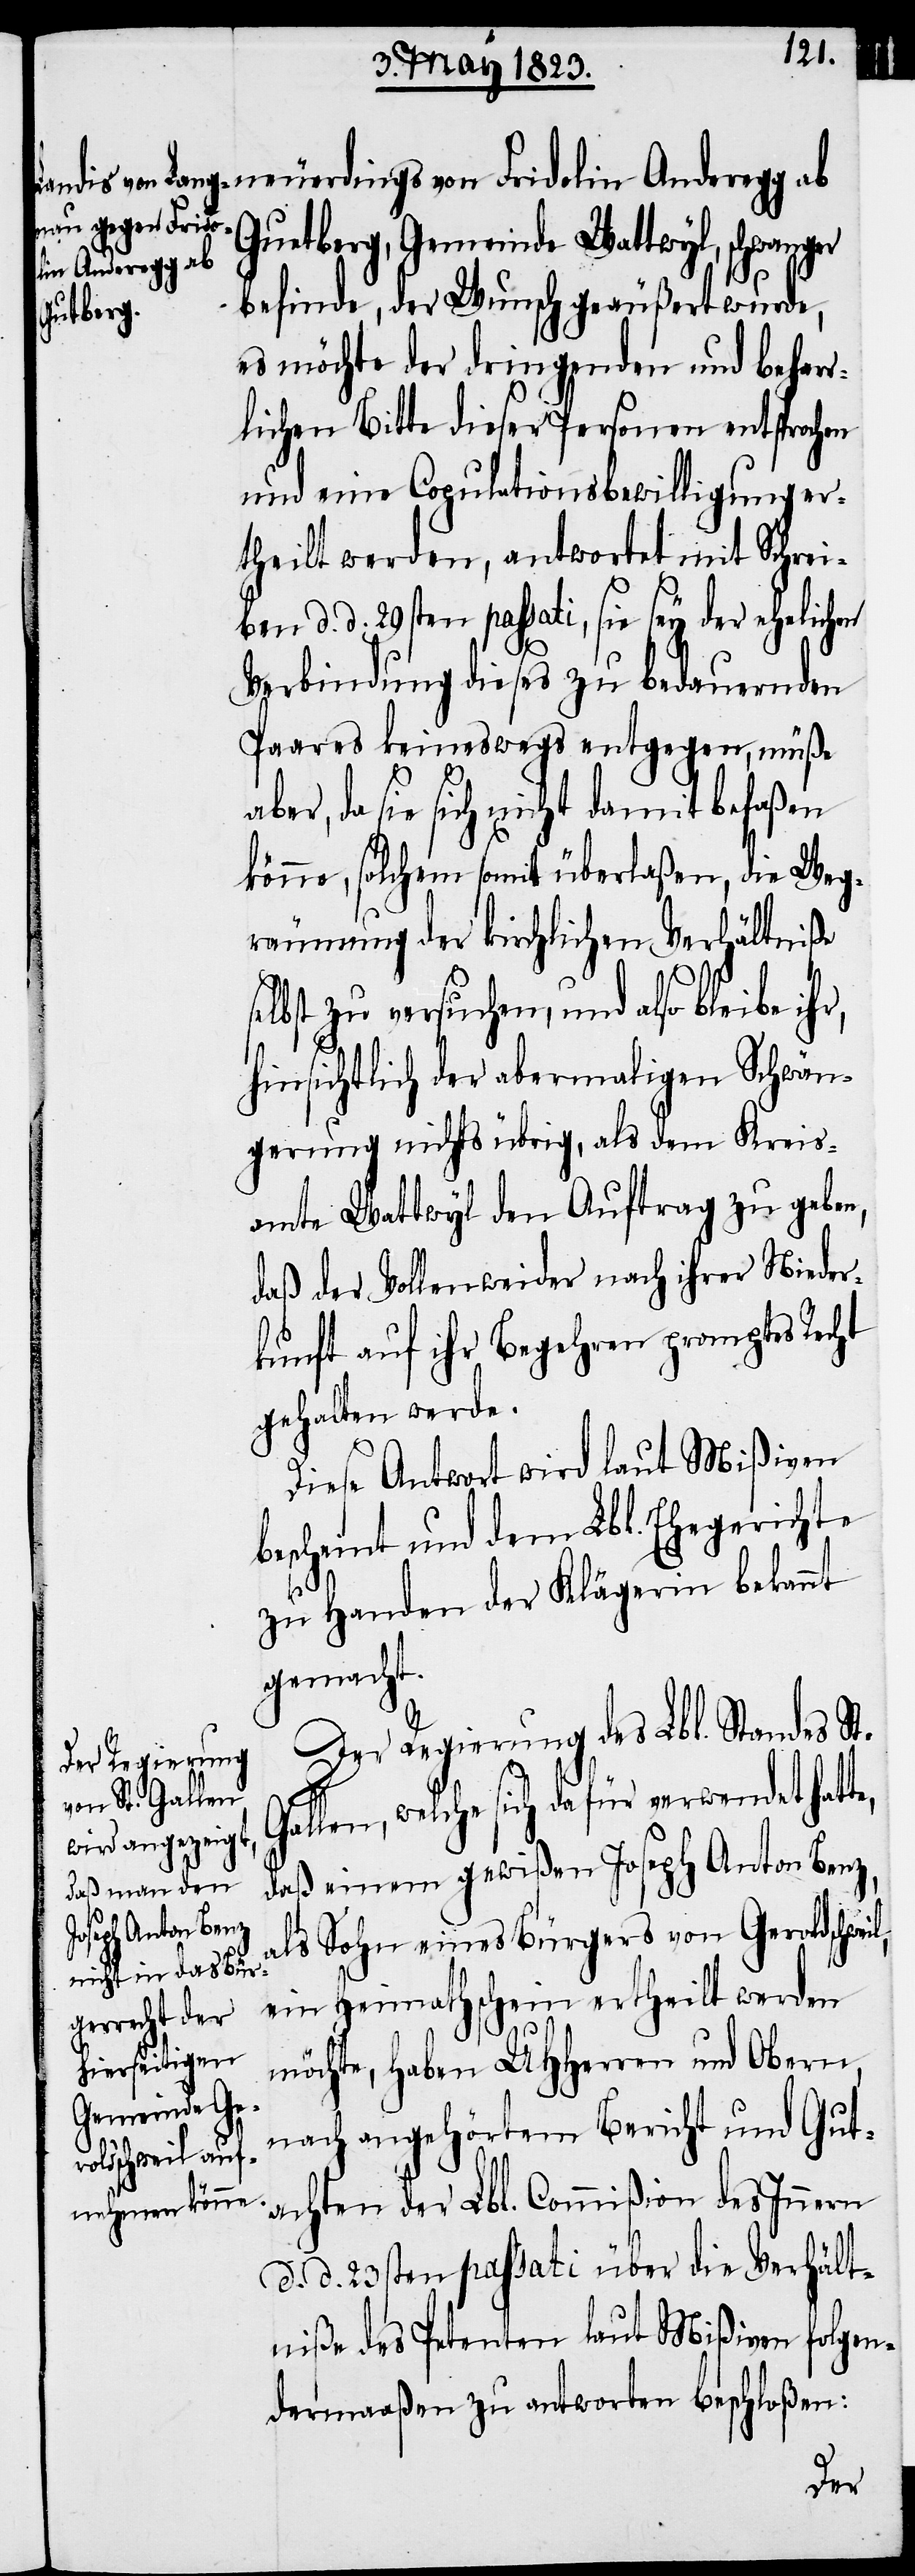
l,
neuerdings von Fridolin Anderegg ab
Guetberg, Gemeinde Wattwyl,
befinde, der Wunsch geäußert wurde,
es möchte der dringenden und behar¬
rlichen Bitte dieser Personen entsprochen
und eine Copulationsbewilligung er¬
theilt werden, antwortet mit Schrei¬
ben d. d. 29sten passati, sie sey der ehelichen
Verbindung dieses zu bedauernden
Paares keineswegs entgegen, müße
aber, da sie sich nicht damit befaßen
könne, solchem somit überlaßen, die Weg¬
räumung der kirchlichen Verhältniße
lbst zu versuchen, und also bleibe
hinsichtlich der abermaligen Schwän¬
gerung nichts übrig, als dem Kreis¬
amte Wattwyl den Auftrag zu geben,
daß der Vollenweider nach ihrer Nieder¬
kunft auf ihr Begehren promptes Recht
gehalten werde.
Diese Antwort wird laut Mißiven
bescheint und dem Lbl. Ehegerichte
zu Handen der Klägerin bekannt
gemacht.
Der Regierung des Lbl. Standes St.
Gallen, welche sich dafür verwendet hatt¬
daß einem gewißen Joseph Anton Benz,
als Sohn eines Bürgers von Geroldschwei¬
ein Heimathschein ertheilt werden
möchte, haben UHHerren und Obern,
nach angehörtem Bericht und Gut¬
achten der Lbl. Commißion des Innern
d. d. 23sten passati über die Verhält¬
niße des Petenten laut Mißiven folgen¬
dermaaßen zu antworten beschloßen:
e,